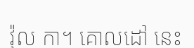
វ៉ុល កា។ គោលដៅ នេះ